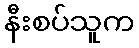
နီးစပ်သူက